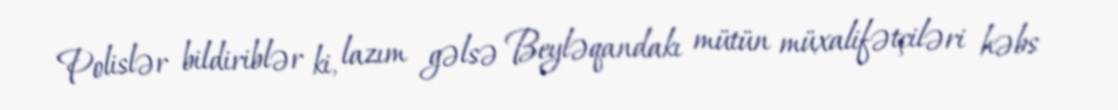
Polislər bildiriblər ki, lazım gəlsə Beyləqandakı mütün müxalifətçiləri həbs